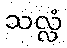
သလ္လံ